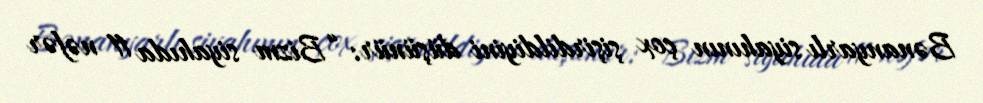
Bənanyarlı siyahının çox şişirdildiyini düşünür: “Bizm siyahıda 11 nəfər